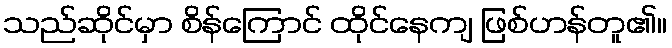
သည်ဆိုင်မှာ စိန်ကြောင် ထိုင်နေကျ ဖြစ်ဟန်တူ၏။